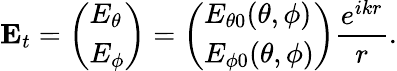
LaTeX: \mathbf{E}_{t}=\left(\begin{array}{l}{E_{\theta}}\\ {E_{\phi}}\end{array}\right)=\left(\begin{array}{l}{E_{\theta 0}(\theta,\phi)}\\ {E_{\phi 0}(\theta,\phi)}\end{array}\right)\frac{e^{ikr}}{r}.